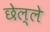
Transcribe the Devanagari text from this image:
छेल्ले